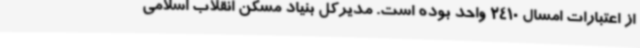
از اعتبارات امسال 2410 واحد بوده است. مدیرکل بنیاد مسکن انقلاب اسلامی